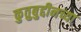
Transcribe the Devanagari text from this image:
कुतुबुद्दीनच्या